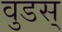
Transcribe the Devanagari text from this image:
वुडस्